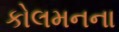
કોલમનના